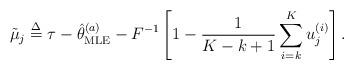
LaTeX: \begin{align*} {{\tilde \mu }_j} \buildrel \Delta \over = \tau - \hat \theta _{{\rm{MLE}}}^{(a)} - {F^{ - 1}}\left[ {1 - \frac{1}{{K - k + 1}}\sum\limits_{i = k}^K {u_j^{(i)}} } \right].\end{align*}